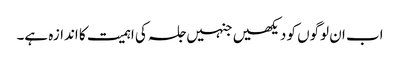
اب ان لوگوں کو دیکھیں جنہیں جلسہ کی اہمیت کا اندازہ ہے۔